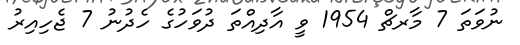
ނުވަތަ 7 މާރޗް 1954 ވީ އާދިއްތަ ދުވަހުގެ ހެދުނު 7 ޖެހިއިރު